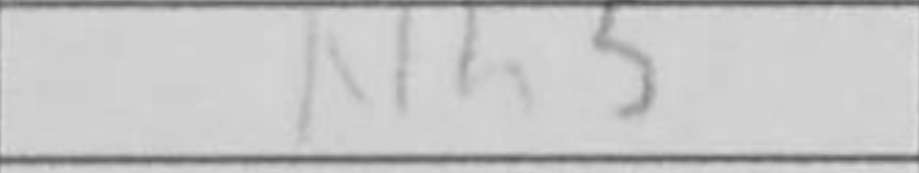
Transcription: Nh5